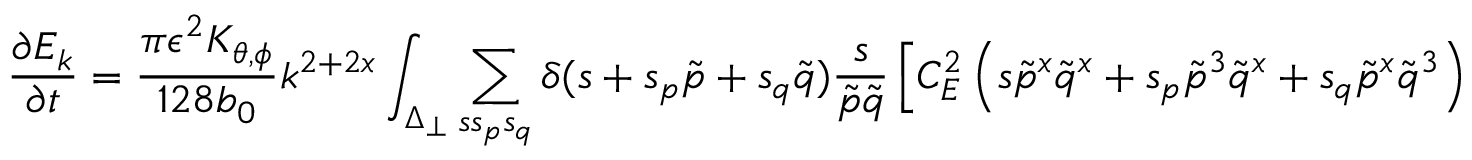
\frac { \partial E _ { k } } { \partial t } = \frac { \pi \epsilon ^ { 2 } K _ { \theta , \phi } } { 1 2 8 b _ { 0 } } k ^ { 2 + 2 x } \int _ { \Delta _ { \perp } } \sum _ { s s _ { p } s _ { q } } \delta ( s + s _ { p } \tilde { p } + s _ { q } \tilde { q } ) \frac { s } { \tilde { p } \tilde { q } } \left[ C _ { E } ^ { 2 } \left( s { \tilde { p } } ^ { x } { \tilde { q } } ^ { x } + s _ { p } { \tilde { p } } ^ { 3 } { \tilde { q } } ^ { x } + s _ { q } { \tilde { p } } ^ { x } { \tilde { q } } ^ { 3 } \right) \right.